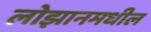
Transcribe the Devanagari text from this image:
लोझानमधील